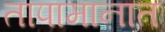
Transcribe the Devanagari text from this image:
तापामानात